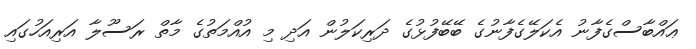
ޢައްބާސްގެފާނު އެކަލޭގެފާނުގެ ބޭބޭފުޅުގެ ދަރިކަލުން އަދި މި އުއްމަތުގެ މާތް ރަސޫލާ އަރިއަހުގައި